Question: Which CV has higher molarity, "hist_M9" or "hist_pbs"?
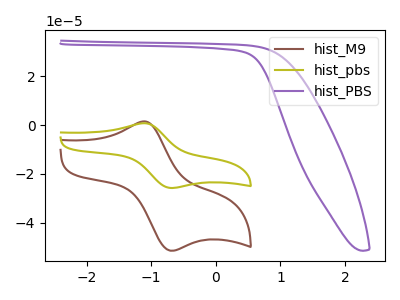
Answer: <think>The brown curve "hist_M9" has an anodic peak at (-1.10V, 1.50uA) and a cathodic peak at (-0.70V, -51.50uA). The olive curve "hist_pbs" has an anodic peak at (-1.10V, 0.75uA) and a cathodic peak at (-0.70V, -25.80uA). The purple curve "hist_PBS" has no peaks.
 All the peaks in "hist_M9" have a peak in "hist_pbs" at the same potential. Every peak in "hist_M9" is higher than every peak in "hist_pbs".</think>
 <answer>"hist_M9" has more signal than "hist_pbs" and so likely has a higher concentration.</answer>
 <eval>more_concentration</eval>